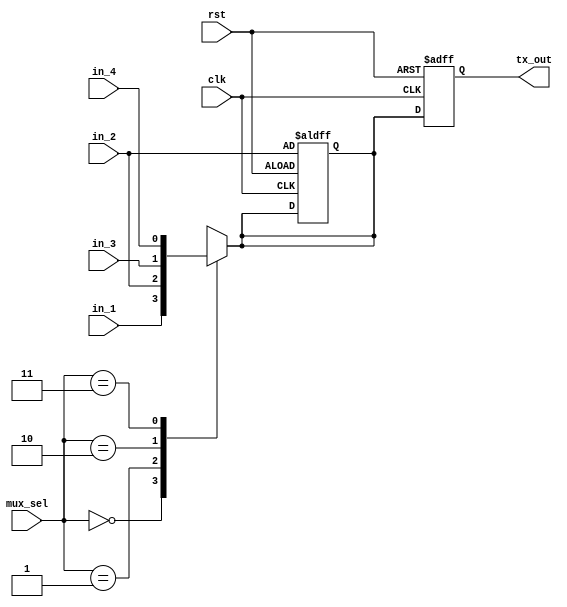
module mux (
    input wire       clk,
    input wire       rst,
    input wire       in_1,
    input wire       in_2,
    input wire       in_3,
    input wire       in_4,
    input wire [1:0] mux_sel,
    output reg       tx_out );

reg mux_out ;

always @(*) 
begin
    case (mux_sel)
    2'b00:mux_out = in_1;
    2'b01:mux_out = in_2;
    2'b10:mux_out = in_3;
    2'b11:mux_out = in_4; 
    endcase    
end

always @(posedge clk or negedge rst) 
begin
    if(!rst)
    begin
        tx_out <= 'b0;
        mux_out <= in_2;
    end
    else
    begin
        tx_out <= mux_out;
    end
    
end
endmodule